Civil Veterinary Department. Central Provinces & Berar 1925-31 - 1925-1931
Year: 1925
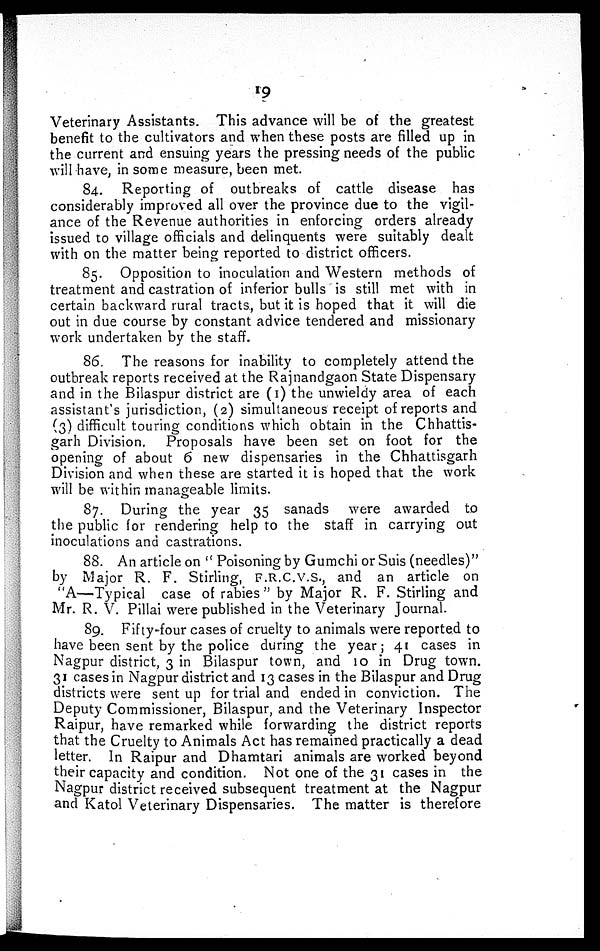
19
Veterinary Assistants. This advance will be of the greatest
benefit to the cultivators and when these posts are filled up in
the current and ensuing years the pressing needs of the public
will have, in some measure, been met.
84. Reporting of outbreaks of cattle disease has
considerably improved all over the province due to the vigil-
ance of the Revenue authorities in enforcing orders already
issued to village officials and delinquents were suitably dealt
with on the matter being reported to district officers.
85. Opposition to inoculation and Western methods of
treatment and castration of inferior bulls is still met with in
certain backward rural tracts, but it is hoped that it will die
out in due course by constant advice tendered and missionary
work undertaken by the staff.
86. The reasons for inability to completely attend the
outbreak reports received at the Rajnandgaon State Dispensary
and in the Bilaspur district are (1) the unwieldy area of each
assistant's jurisdiction, (2) simultaneous receipt of reports and
(3) difficult touring conditions which obtain in the Chhattis-
garh Division. Proposals have been set on foot for the
opening of about 6 new dispensaries in the Chhattisgarh
Division and when these are started it is hoped that the work
will be within manageable limits.
87. During the year 35 sanads were awarded to
the public for rendering help to the staff in carrying out
inoculations and castrations.
88. An article on "Poisoning by Gumchi or Suis (needles)"
by Major R. F. Stirling, F.R.C.V.S., and an article on
"A—Typical case of rabies" by Major R. F. Stirling and
Mr. R. V. Pillai were published in the Veterinary Journal.
89. Fifty-four cases of cruelty to animals were reported to
have been sent by the police during the year; 41 cases in
Nagpur district, 3 in Bilaspur town, and 10 in Drug town.
31 cases in Nagpur district and 13 cases in the Bilaspur and Drug
districts were sent up for trial and ended in conviction. The
Deputy Commissioner, Bilaspur, and the Veterinary Inspector
Raipur, have remarked while forwarding the district reports
that the Cruelty to Animals Act has remained practically a dead
letter. In Raipur and Dhamtari animals are worked beyond
their capacity and condition. Not one of the 31 cases in the
Nagpur district received subsequent treatment at the Nagpur
and Katol Veterinary Dispensaries. The matter is therefore